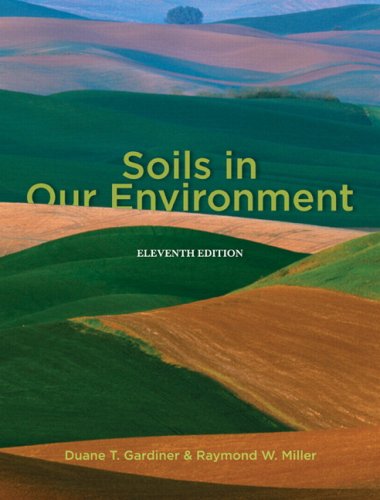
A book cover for Soils in Our Environment (11th Edition); Raymond W. Miller; Science & Math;